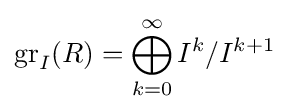
\operatorname {gr} _{I}(R)=\bigoplus _{k=0}^{\infty }I^{k}/I^{k+1}